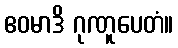
ဧဝမာဒိ ဂုဏူပေတံ။